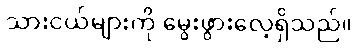
သားငယ်များကို မွေးဖွားလေ့ရှိသည်။